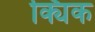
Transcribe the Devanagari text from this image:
क्यिक